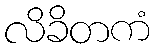
လိခိတကံ